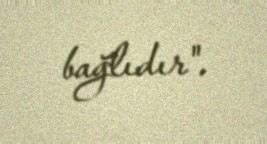
bağlıdır".